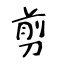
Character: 剪